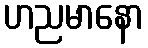
ဟညမာနော